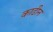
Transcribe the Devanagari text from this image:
काढीन